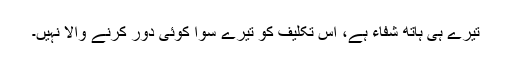
تیرے ہی ہاتھ شفاء ہے، اس تکلیف کو تیرے سوا کوئی دور کرنے والا نہیں۔